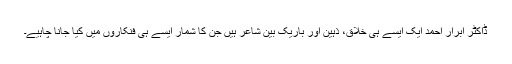
ڈاکٹر ابرار احمد ایک ایسے ہی خلاق، ذہین اور باریک بین شاعر ہیں جن کا شمار ایسے ہی فنکاروں میں کیا جانا چاہیے۔